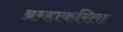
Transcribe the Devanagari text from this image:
ब्रम्हाकरिता